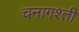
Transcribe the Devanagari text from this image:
चनागश्ती